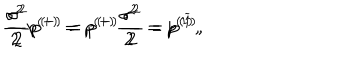
\frac { \sigma ^ { 2 } } 2 p ^ { ( + ) } = p ^ { ( + ) } \frac { \sigma ^ { 2 } } 2 = p ^ { ( 1 ) } , \hspace { 0 . 3 i n } \frac { \sigma ^ { 2 } } 2 p ^ { ( - ) } = p ^ { ( - ) } \frac { \sigma ^ { 2 } } 2 = p ^ { ( \widetilde { 1 } ) } ,